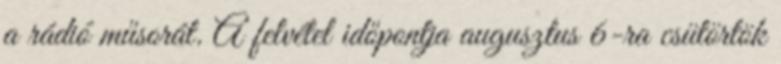
a rádió műsorát. A felvétel időpontja augusztus 6-ra csütörtök